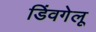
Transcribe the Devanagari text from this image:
डिंवगेलू